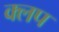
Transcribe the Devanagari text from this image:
क्लप